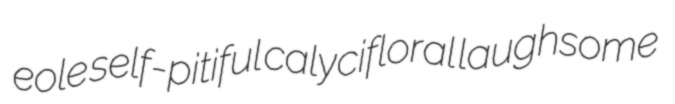
eole self-pitiful calycifloral laughsome